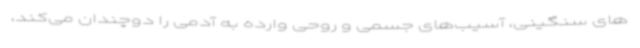
های سنگینی، آسیب‌های جسمی و روحی وارده به آدمی را دوچندان می‌کند،